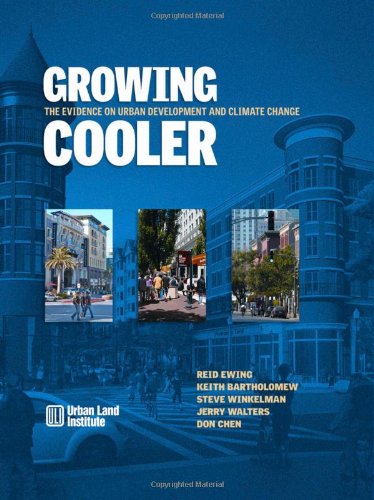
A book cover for Growing Cooler: The Evidence on Urban Development and Climate Change; Reid Ewing; Law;